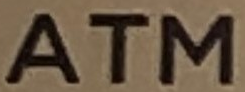
ATM